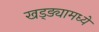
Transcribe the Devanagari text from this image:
खड्ड्यामध्ये